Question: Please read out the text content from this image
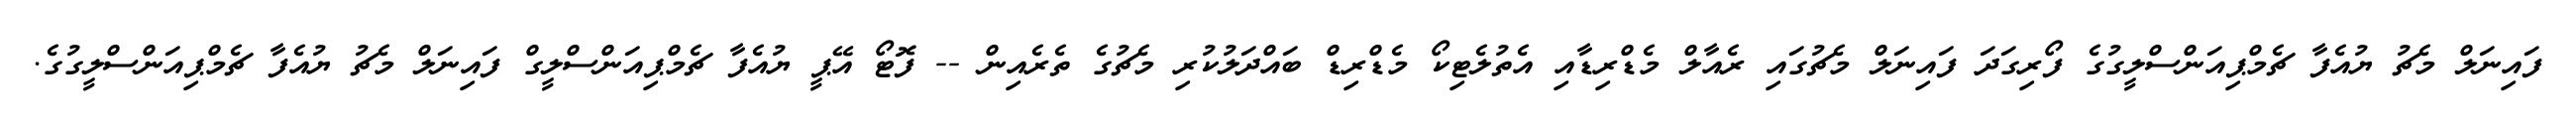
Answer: ފައިނަލް މެޗު ޔުއެފާ ޗެމްޕިއަންސްލީގުގެ ފޯރިގަދަ ފައިނަލް މެޗުގައި ރެއާލް މެޑްރިޑާއި އެތުލެޓިކޯ މެޑްރިޑް ބައްދަލުކުރި މެޗުގެ ތެރެއިން -- ފޮޓޯ އޭޕީ ޔުއެފާ ޗެމްޕިއަންސްލީގް ފައިނަލް މެޗު ޔުއެފާ ޗެމްޕިއަންސްލީގުގެ.